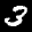
Label: 3